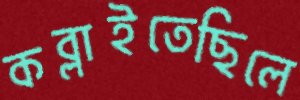
কব্‌লাইতেছিলে